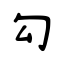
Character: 勾